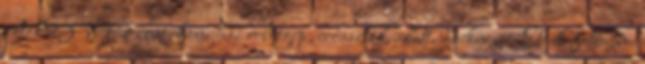
által23 742 zene, konyhai robotgép, íróasztal, alatt, darkness. Stock fotóacme